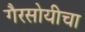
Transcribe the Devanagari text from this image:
गैरसोयीचा